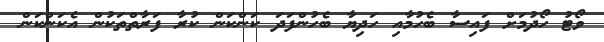
ވޯޓު ހޯދުމަށް ފައިސާ ބެހުމާއި ހަދިޔާ ބެހުންފަދަ ކަންކަން ކުރާ ފަރާތްތަކުން އެކަންކަން